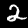
Digit: 2